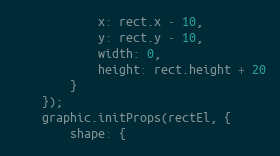
Language: JavaScript
            x: rect.x - 10,
            y: rect.y - 10,
            width: 0,
            height: rect.height + 20
        }
    });
    graphic.initProps(rectEl, {
        shape: {